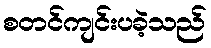
စတင်ကျင်းပခဲ့သည်